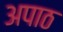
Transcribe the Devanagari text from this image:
अपाठ